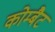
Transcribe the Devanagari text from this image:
कोम्बैट